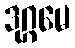
ဒုဂ္ဂမေ